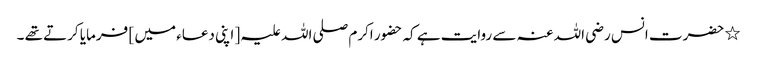
٭ حضرت انس رضی اللہ عنہ سے روایت ہے کہ حضور اکرم صلی اللہ علیہ [ اپنی دعاء میں ] فرمایا کرتے تھے ۔